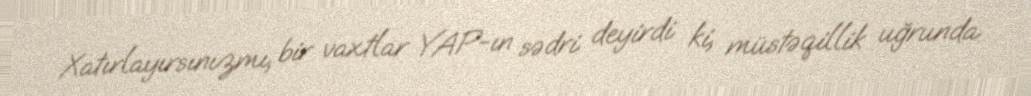
Xatırlayırsınızmı, bir vaxtlar YAP-ın sədri deyirdi ki, müstəqillik uğrunda